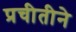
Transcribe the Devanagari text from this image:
प्रचीतीने